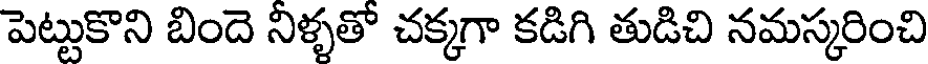
పెట్టుకొని బిందె నిళ్ళతో చక్కగా కడిగి తుడిచి నమస్కరించి